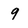
Character: 9